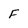
Character: F